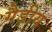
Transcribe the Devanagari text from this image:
गैड़ीय